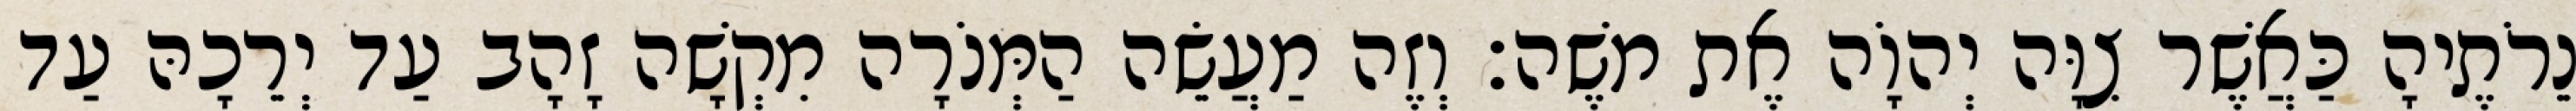
נֵרֹתֶיהָ כַּאֲשֶׁר צִוָּה יְהוָֹה אֶת משֶׁה׃ וְזֶה מַעֲשֵׂה הַמְּנֹרָה מִקְשָׁה זָהָב עַד יְרֵכָהּ עַד